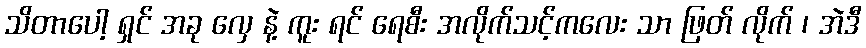
သိတာပေါ့ ရှင် အခု လှေ နဲ့ ကူး ရင် ရေစီး အလိုက်သင့်ကလေး သာ ဖြတ် လိုက် ၊ အဲဒီ